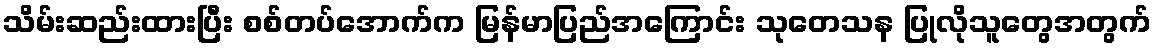
သိမ်းဆည်းထားပြီး စစ်တပ်အောက်က မြန်မာပြည်အကြောင်း သုတေသန ပြုလိုသူတွေအတွက်